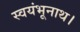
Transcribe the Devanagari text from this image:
स्वयंभूनाथ।